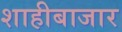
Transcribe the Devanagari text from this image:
शाहीबाजार